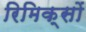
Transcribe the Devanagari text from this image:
रिमिक्सों